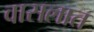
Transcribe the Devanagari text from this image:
वासलात